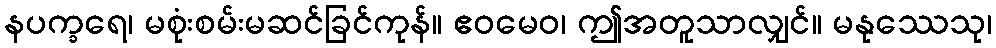
နပက္ခရေ၊ မစုံးစမ်းမဆင်ခြင်ကုန်။ ဧဝမေဝ၊ ဤအတူသာလျှင်။ မနုဿေသု၊